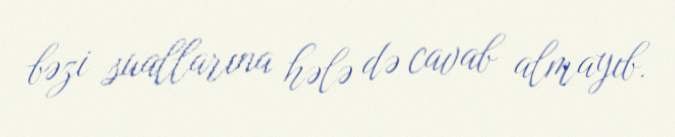
bəzi suallarına hələ də cavab almayıb.